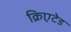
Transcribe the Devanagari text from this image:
क्रिएटेड